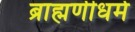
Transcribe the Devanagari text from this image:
ब्राह्मणीधर्म